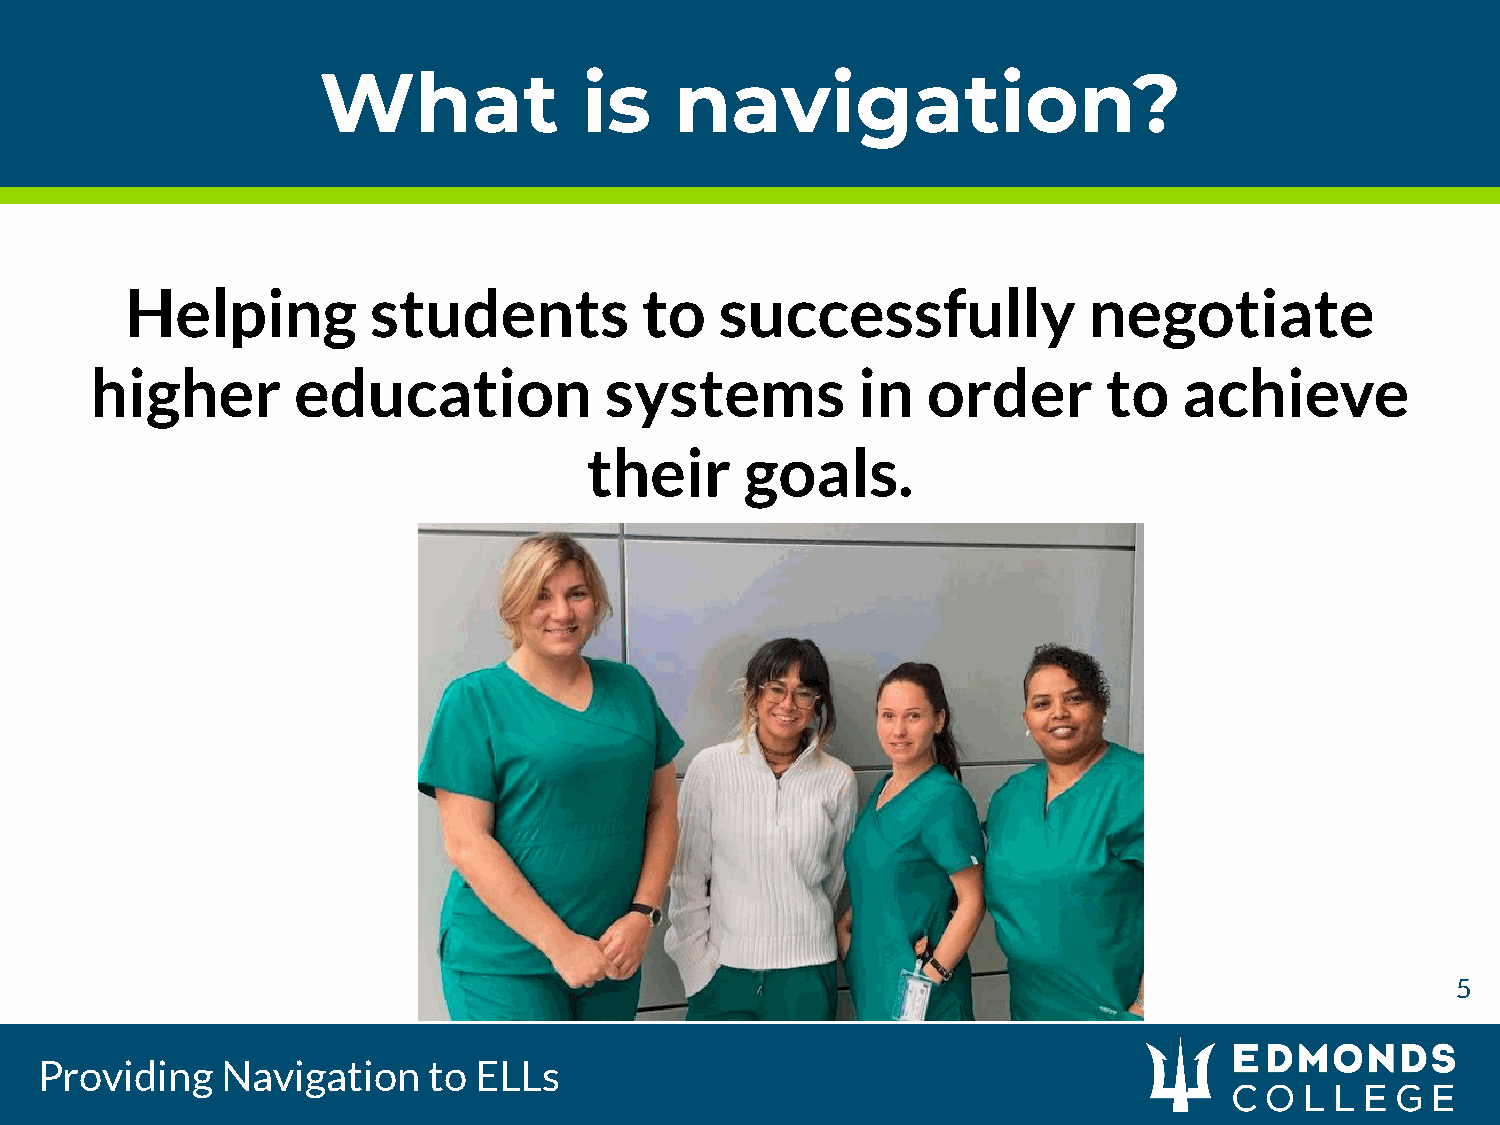
What              is    navigation?
 Helping         students           to   successfully            negotiate
 higher       education            systems          in  order       to   achieve
 their     goals.
 5
 Providing    Navigation   to ELLs